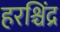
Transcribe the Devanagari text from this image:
हरश्चिंद्र